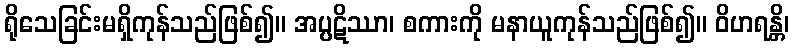
ရိုသေခြင်းမရှိကုန်သည်ဖြစ်၍။ အပ္ပဋိဿာ၊ စကားကို မနာယူကုန်သည်ဖြစ်၍။ ဝိဟရန္တိ၊